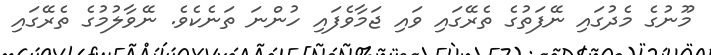
މޫނުގެ މެދުގައި ނޭފަތުގެ ތެރޭގައި ވައި ޖަމާވެފައި ހުންނަ ތަނެކެވެ. ނޭވާލުމުގެ ތެރޭގައި